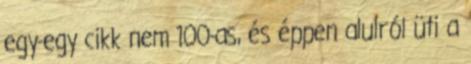
egy-egy cikk nem 100-as, és éppen alulról üti a